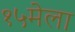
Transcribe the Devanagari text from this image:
१५मेला